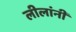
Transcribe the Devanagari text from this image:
लीलांनी